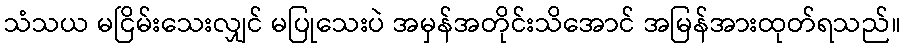
သံသယ မငြိမ်းသေးလျှင် မပြုသေးပဲ အမှန်အတိုင်းသိအောင် အမြန်အားထုတ်ရသည်။